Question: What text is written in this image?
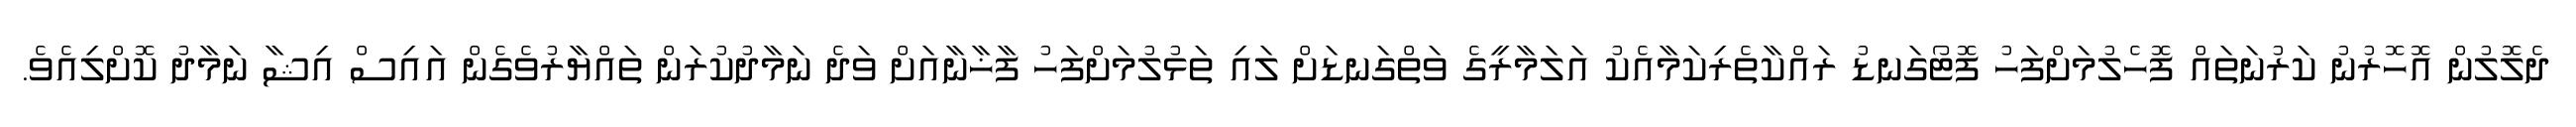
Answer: ދެލޮލުން އޮހޮރުނު ކަރުނަތައް ފޮހެލުމަށްފަހު ފޮޓޯގަނޑު ރައްކާތެރިކަމާއެކު އަލަމާރީގެ ވަތްގަނޑަށް ލައި ތަޅުލުމަށްފަހު ފާޚާނާއަށް ވަދެ ނަމާދުކުރަން ތައްޔާރުވެގެން އައިސް އިޝާ ނަމާދު ކޮށްލިއެވެ.